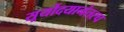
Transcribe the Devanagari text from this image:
सूर्योदयानंतरच